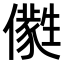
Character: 𠐭